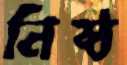
নিষ্ঠ